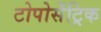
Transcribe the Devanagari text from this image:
टोपोसेंट्रिक